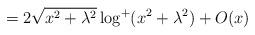
LaTeX: \begin{align*}=2\sqrt{x^2+\lambda^2}\log^+(x^2+\lambda^2)+O(x)\end{align*}